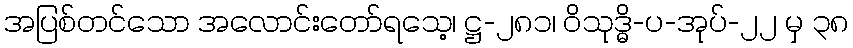
အပြစ်တင်သော အလောင်းတော်ရသေ့၊ ဋ္ဌ-၂၈၁၊ ဝိသုဒ္ဓိ-ပ-အုပ်-၂၂ မှ ၃၈